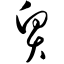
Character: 贸